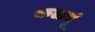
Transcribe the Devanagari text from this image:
कळवूं